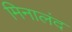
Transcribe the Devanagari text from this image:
मिनालंद